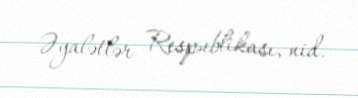
Əyalətlər Respublikası, nid.